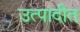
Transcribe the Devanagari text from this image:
उत्पादीत